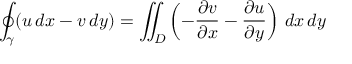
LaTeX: \oint _ { \gamma } ( u \, d x - v \, d y ) = \iint _ { D } \left( - { \frac { \partial v } { \partial x } } - { \frac { \partial u } { \partial y } } \right) \, d x \, d y